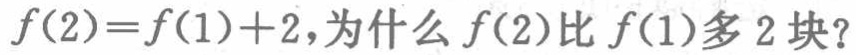
\(f(2)=f(1)+2\)，为什么\(f(2)\)比\(f(1)\)多\(2\)块？